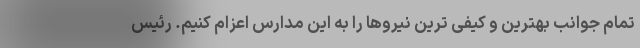
تمام جوانب بهترین و کیفی ترین نیروها را به این مدارس اعزام کنیم. رئیس